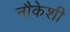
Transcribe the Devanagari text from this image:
नौकेशी